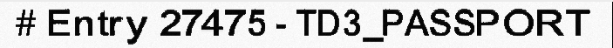
# Entry 27475 - TD3_PASSPORT